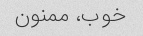
خوب، ممنون